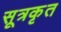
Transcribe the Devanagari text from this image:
सूत्रकृत